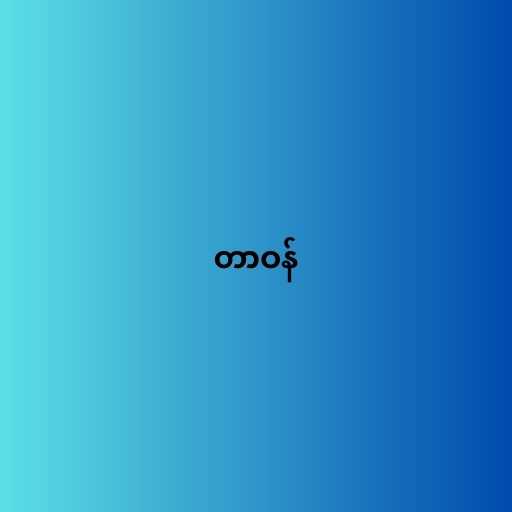
တာဝန်